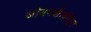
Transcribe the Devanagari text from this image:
जीवनशैलीतून